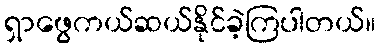
ရှာဖွေကယ်ဆယ်နိုင်ခဲ့ကြပါတယ်။